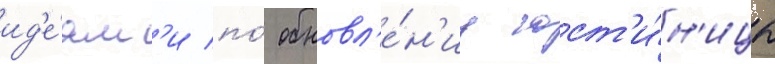
ид'е́ям'и по́ обновл'е́н'иу гост'и́н'ицы